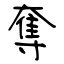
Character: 奪